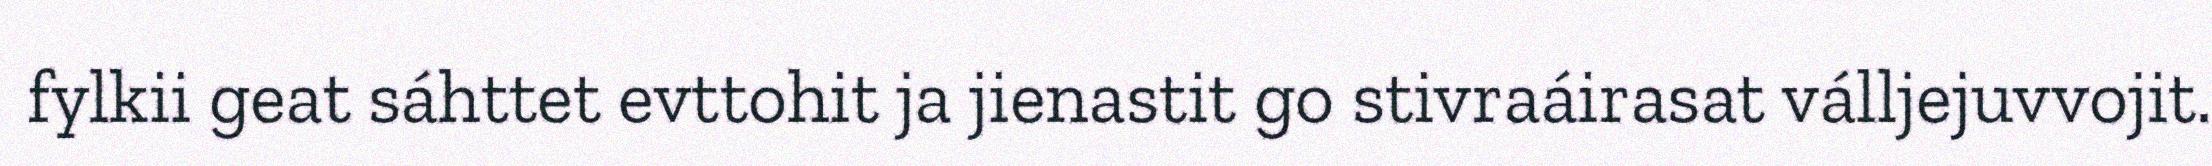
fylkii geat sáhttet evttohit ja jienastit go stivraáirasat válljejuvvojit.